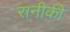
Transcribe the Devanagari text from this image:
रानीकी